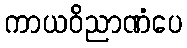
ကာယဝိညာဏံပေ